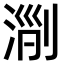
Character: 𣶄